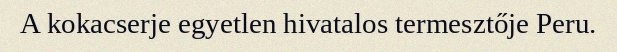
A kokacserje egyetlen hivatalos termesztője Peru.